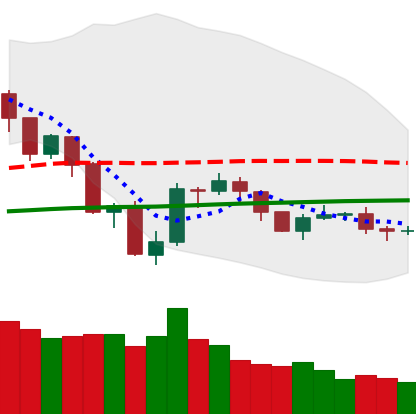
Ticker: NEO-USD
Chart end date: 2019-07-29
Forward return: 6.998%
Label: up_5_7